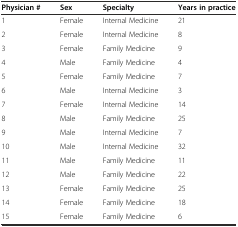
| Physician # | Sex | Specialty | Years in practice |
 | --- | --- | --- | --- |
 | 1 | Female | Internal Medicine | 21 |
 | 2 | Female | Internal Medicine | 8 |
 | 3 | Female | Family Medicine | 9 |
 | 4 | Male | Family Medicine | 4 |
 | 5 | Female | Family Medicine | 7 |
 | 6 | Male | Internal Medicine | 3 |
 | 7 | Female | Internal Medicine | 14 |
 | 8 | Male | Family Medicine | 25 |
 | 9 | Male | Internal Medicine | 7 |
 | 10 | Male | Internal Medicine | 32 |
 | 11 | Male | Family Medicine | 11 |
 | 12 | Male | Family Medicine | 22 |
 | 13 | Female | Family Medicine | 25 |
 | 14 | Female | Family Medicine | 18 |
 | 15 | Female | Family Medicine | 6 |